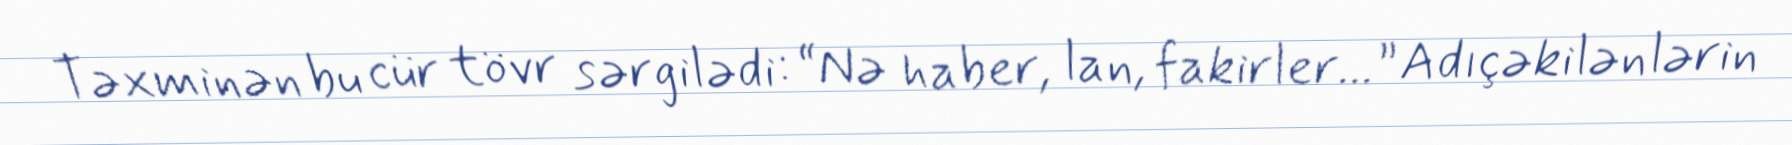
Təxminən bu cür tövr sərgilədi: “Nə haber, lan, fakirler...” Adıçəkilənlərin